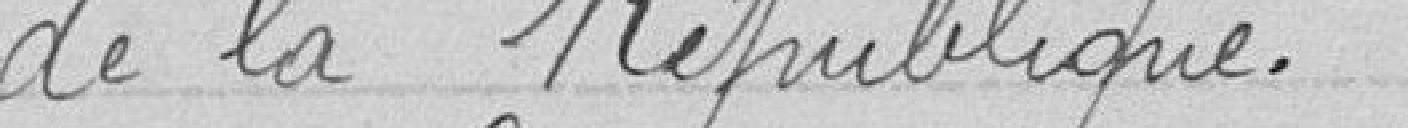
de la République.